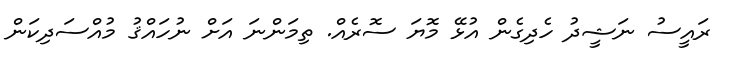
ރައީސު ނަޝީދު ހެދިގެން އުޅޭ މޮޔަ ސޮރެއް. ތިމަންނަ އަށް ނުހައްޤު މުއްސަދިކަން